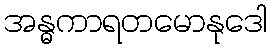
အန္ဓကာရတမောနုဒေါ